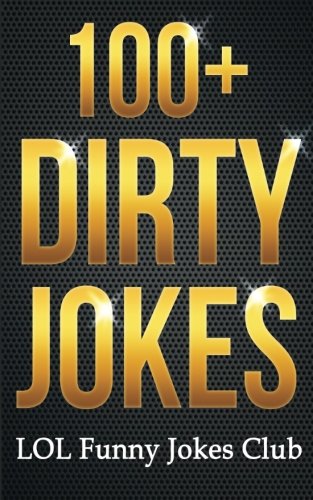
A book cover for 100+ Dirty Jokes!: Funny Jokes, Puns, Comedy, and Humor for Adults (Uncensored and Explicit!) (Funny & Hilarious Joke Books); LOL Funny Joke Club; Humor & Entertainment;